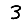
Digit: 3